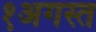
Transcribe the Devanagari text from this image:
१अगस्त